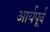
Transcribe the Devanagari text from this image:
आर्यपूर्व